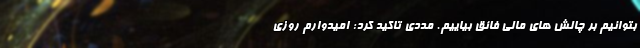
بتوانیم بر چالش های مالی فائق بیاییم. مددی تاکید کرد: امیدوارم روزی